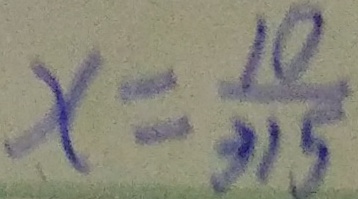
x = \frac { 1 0 } { 3 1 5 }